Leaving Certificate Examination (including Day School Certificate (Higher) General paper), 1934
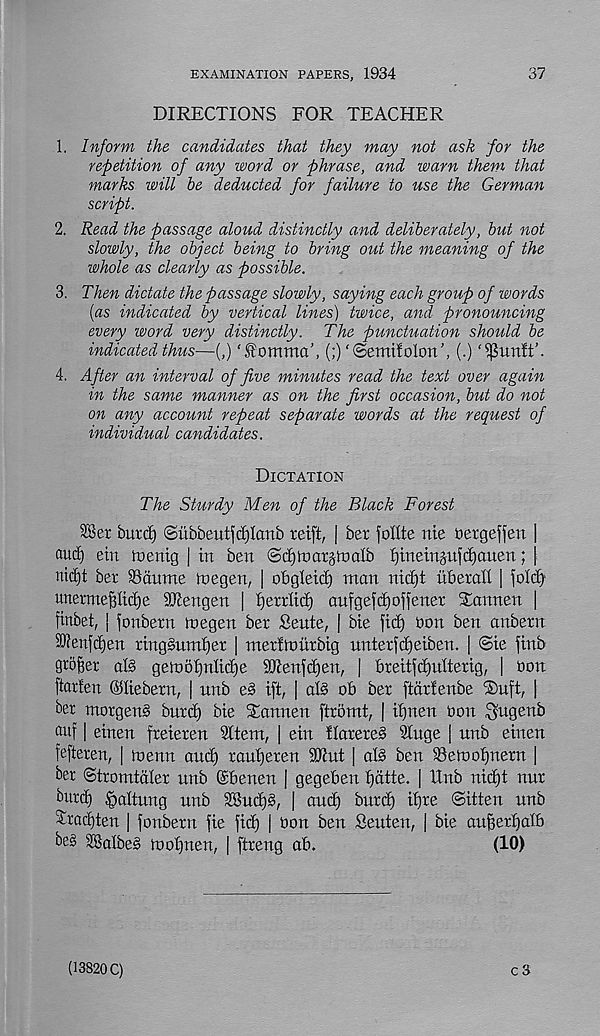
EXAMINATION PAPERS, 1934
37
DIRECTIONS FOR TEACHER
1. Inform the candidates that they may not ask for the
repetition of any word or phrase, and warn them that
marks will be deducted for failure to use the German
script.
2. Read the passage aloud distinctly and deliberately, but not
slowly, the object being to bring out the meaning of the
whole as clearly as possible.
3. Then dictate the passage slowly, saying each group of words
[as indicated by vertical lines) twice, and pronouncing
every word very distinctly. The punctuation should be
indicated thus—(,) ‘fommct’, (;)‘©emtfolort’, (.) “’JSimff.
4. After an interval of five minutes read the text over again
in the same manner as on the first occasion, but do not
on any account repeat separate words at the request of
individual candidates.
Dictation
The Sturdy Men of the Black Forest
SBer butdj) ©ubbeutjdjlanb reift, | bet foflte me bergeffen |
auc£) ein iuertig | in ben ©djlnarjtnalb Ijtnetnjufdjauen; |
nicfjt ber 93aume tnegen, | obgletcf) man md)t nberalt | falcfy
unerme^Itcfje SKengen | berrltd) aufgefd)offener Tannen |
finbei, | fonbern megen ber Sente, | bte fid) bon ben anbern
50?enfd)en rtng§umt)er [ inert lour big unterfdjeiben. | @ie jinb
grower als gelo5t)nIid)e SKen^djen, | breitfdjutterig, | bon
ftarten ©lieberu, | unb e§ ift, | al§ ob ber ftarfenbe Tuft, |
ber morgen§ burd) bie Tannen ftromt, | ifjnen bon ^ugenb
auf | einen freieren Sttem, | ein ttarereS Singe | nnb einen
fefteren, | tnenn and) rautjeren ibtnt | alS ben SSetootinern |
ber ©tromtater nnb (Sbenen | gegeben f)atte. | Hub nid)t nnr
burd) §altung unb 28nd)S, | and) burd) if)re ©itten nnb
Tradjten | fonbern fie fid) | bon ben Seuten, | bie aujjerfiatb
be§ SBalbeS toofjnen, | ftreng ab.
(10)
(13820 C)
c 3